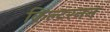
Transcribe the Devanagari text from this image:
किल्टरनन